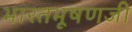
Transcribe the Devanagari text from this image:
भारतभूषणजी